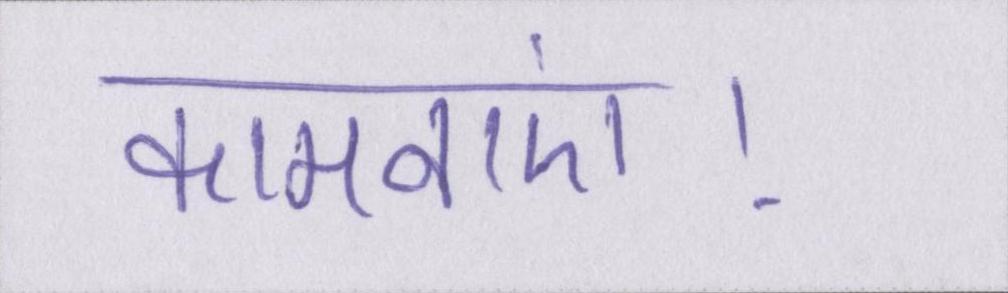
कामनाएं।